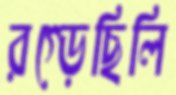
রগ্‌ড়েছিলি